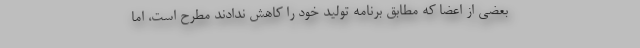
بعضی از اعضا که مطابق برنامه تولید خود را کاهش ندادند مطرح است، اما